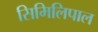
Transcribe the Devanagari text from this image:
सिमिलिपाल